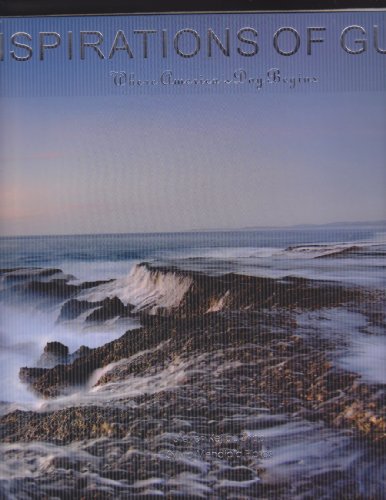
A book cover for Inspirations of Guam (Where America's Day Begins); Sylvia Mendiola Flores; Travel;